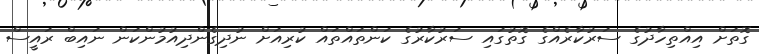
ގޮތަށް އިއްތިހާދުގެ ސަރުކާރެއްގެ ގޮތުގައި ސަރުކާރުގެ ކަންތައްތައް ކުރިއަށް ނުދިގެންދިއުމުންކަން ނައިބް ރައީސް